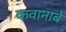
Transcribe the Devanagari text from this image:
कवानाबे